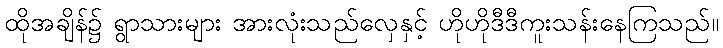
ထိုအချိန်၌ ရွာသားများ အားလုံးသည်လှေနှင့် ဟိုဟိုဒီဒီကူးသန်းနေကြသည်။